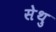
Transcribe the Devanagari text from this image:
सेथु